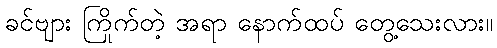
ခင်ဗျား ကြိုက်တဲ့ အရာ နောက်ထပ် တွေ့သေးလား။